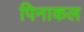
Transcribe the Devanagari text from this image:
पिनाकल